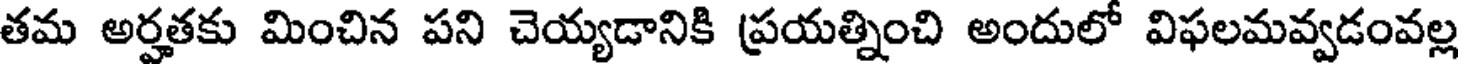
తమ అర్హతకు మించిన పని చెయ్యడానికి ప్రయత్నించి అందులో విఫలమవ్వడంవల్ల